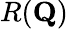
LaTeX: R(\mathbf{Q})